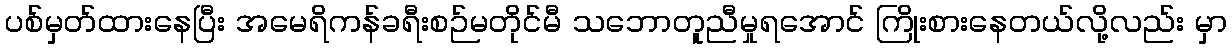
ပစ်မှတ်ထားနေပြီး အမေရိကန်ခရီးစဉ်မတိုင်မီ သဘောတူညီမှုရအောင် ကြိုးစားနေတယ်လို့လည်း မှာ